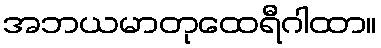
အဘယမာတုထေရီဂါထာ။